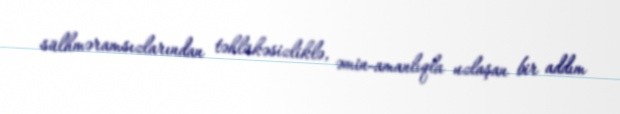
sülhməramsızlarından təhlükəsizliklə, əmin-amanlıqla uzlaşan bir addım